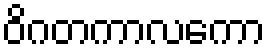
ဝိဂတကာလကော